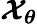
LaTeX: \boldsymbol{\mathcal{X}}_{\boldsymbol{\theta}}